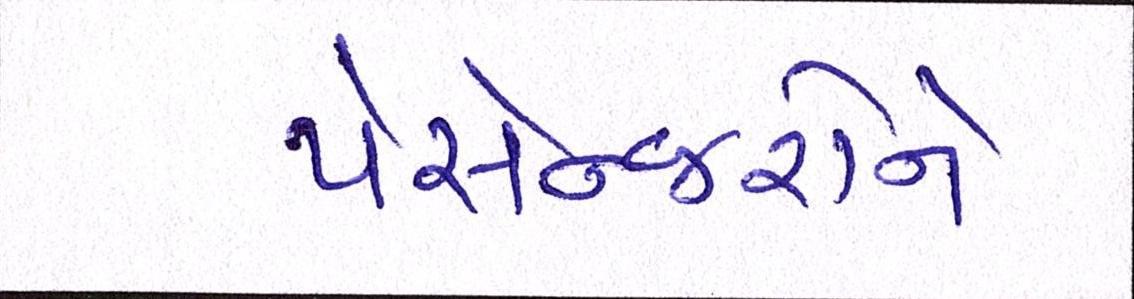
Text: પેસેન્જરોને